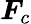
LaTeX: \boldsymbol{F}_{c}